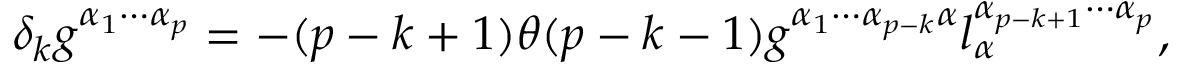
\delta _ { k } g ^ { \alpha _ { 1 } \cdots \alpha _ { p } } = - ( p - k + 1 ) \theta ( p - k - 1 ) g ^ { \alpha _ { 1 } \cdots \alpha _ { p - k } \alpha } l _ { \alpha } ^ { \alpha _ { p - k + 1 } \cdots \alpha _ { p } } ,